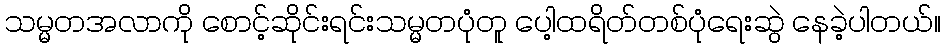
သမ္မတအလာကို စောင့်ဆိုင်းရင်းသမ္မတပုံတူ ပေါ့ထရိတ်တစ်ပုံရေးဆွဲ နေခဲ့ပါတယ်။